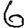
Digit: 6